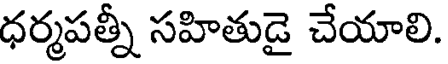
ధర్మపత్నీ సహితుడై చేయాలి.